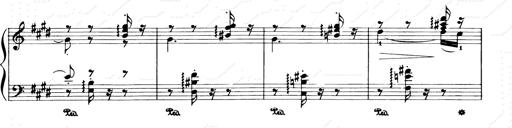
Title: Consolations and LiebestrÃ¤ume for the Piano
Composer: Franz Liszt